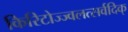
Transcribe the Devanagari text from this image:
किरिटोज्ज्वलत्सर्वदिक्‌